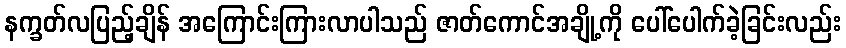
နက္ခတ်လပြည့်ချိန် အကြောင်းကြားလာပါသည် ဇာတ်ကောင်အချို့ကို ပေါ်ပေါက်ခဲ့ခြင်းလည်း